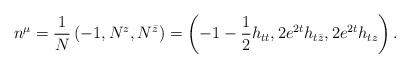
\begin{align*}n^\mu = {1 \over N}\left(-1, N^z, N^{\bar{z}}\right)= \left( -1 - {1 \over 2} h_{tt}, 2 e^{2 t} h_{t \bar{z}},2 e^{2 t} h_{tz} \right).\end{align*}